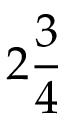
2 { \frac { 3 } { 4 } }